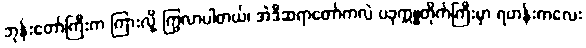
ဘုန်းတော်ကြီးက ကြားလို့ ကြွလာပါတယ်၊ အဲဒီဆရာတော်ကလဲ ပခုက္ကူတိုက်ကြီးမှာ ရဟန်းကလေး